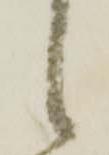
候